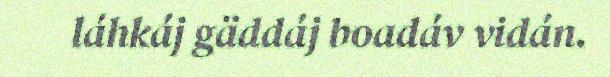
láhkáj gäddáj boadáv vidán.